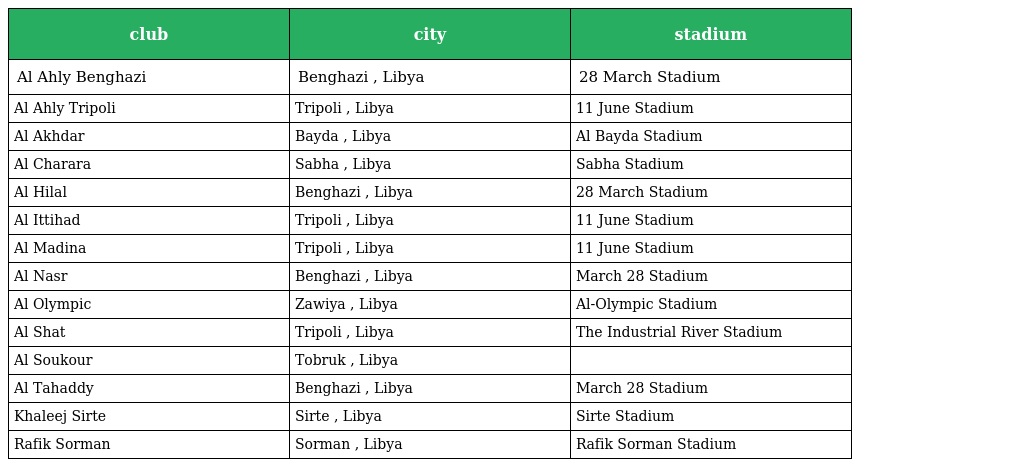
| club | city | stadium |
 | --- | --- | --- |
 | Al Ahly Benghazi | Benghazi , Libya | 28 March Stadium |
 | Al Ahly Tripoli | Tripoli , Libya | 11 June Stadium |
 | Al Akhdar | Bayda , Libya | Al Bayda Stadium |
 | Al Charara | Sabha , Libya | Sabha Stadium |
 | Al Hilal | Benghazi , Libya | 28 March Stadium |
 | Al Ittihad | Tripoli , Libya | 11 June Stadium |
 | Al Madina | Tripoli , Libya | 11 June Stadium |
 | Al Nasr | Benghazi , Libya | March 28 Stadium |
 | Al Olympic | Zawiya , Libya | Al-Olympic Stadium |
 | Al Shat | Tripoli , Libya | The Industrial River Stadium |
 | Al Soukour | Tobruk , Libya |  |
 | Al Tahaddy | Benghazi , Libya | March 28 Stadium |
 | Khaleej Sirte | Sirte , Libya | Sirte Stadium |
 | Rafik Sorman | Sorman , Libya | Rafik Sorman Stadium |